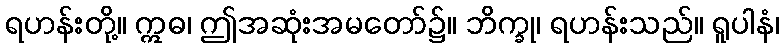
ရဟန်းတို့။ ဣဓ၊ ဤအဆုံးအမတော်၌။ ဘိက္ခု၊ ရဟန်းသည်။ ရူပါနံ၊